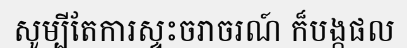
សូម្បីតែការស្ទះចរាចរណ៍ ក៏បង្កផល